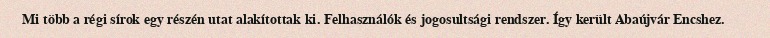
Mi több a régi sírok egy részén utat alakítottak ki. Felhasználók és jogosultsági rendszer. Így került Abaújvár Encshez.